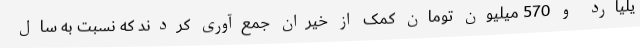
یلیارد و 570 میلیون تومان کمک از خیران جمع‌آوری کردند که نسبت به سال